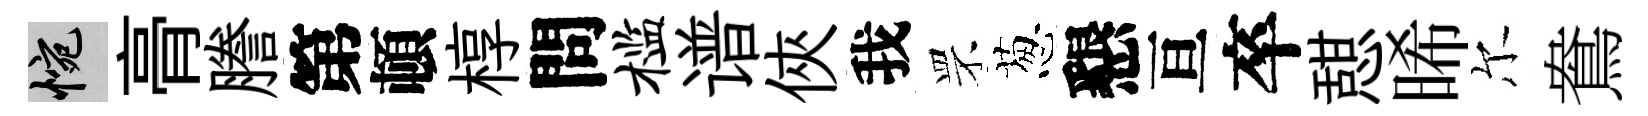
惋𮌔謄第頓椁問槛谱俠我罘葱懇亘卒憇晞尔鴦